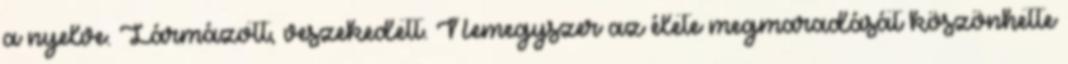
a nyelve. Lármázott, veszekedett. Nemegyszer az élete megmaradását köszönhette